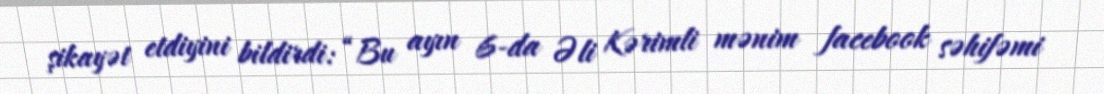
şikayət etdiyini bildirdi: “Bu ayın 6-da Əli Kərimli mənim facebook səhifəmi